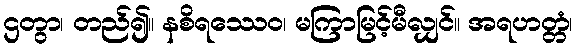
ဌတွာ၊ တည်၍။ နစိရဿေဝ၊ မကြာမြင့်မီလျှင်။ အရဟတ္တံ၊